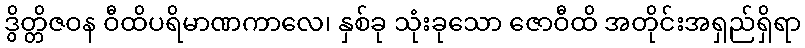
ဒွိတ္တိဇဝန ဝီထိပရိမာဏကာလေ၊ နှစ်ခု သုံးခုသော ဇောဝီထိ အတိုင်းအရှည်ရှိရာ